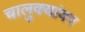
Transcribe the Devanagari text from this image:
चालुक्यांवर